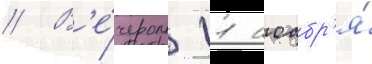
// В'е́чером 11 ноабр'я́